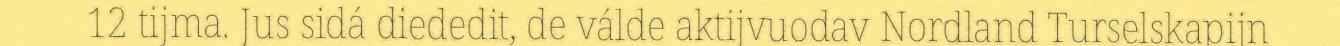
12 tijma. Jus sidá diededit, de válde aktijvuodav Nordland Turselskapijn